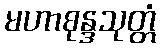
မဟာစုန္ဒသုတ္တံ